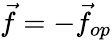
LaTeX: {\vec{f}}=-{\vec{f}}_{op}